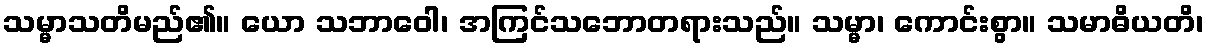
သမ္မာသတိမည်၏။ ယော သဘာဝေါ၊ အကြင်သဘောတရားသည်။ သမ္မာ၊ ကောင်းစွာ။ သမာဓိယတိ၊